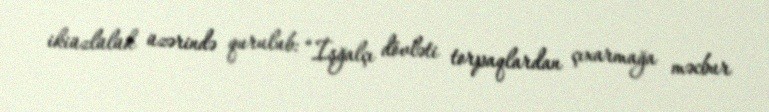
ikiüzlülük üzərində qurulub: “İşğalçı dövləti torpaqlardan çıxarmağa məcbur